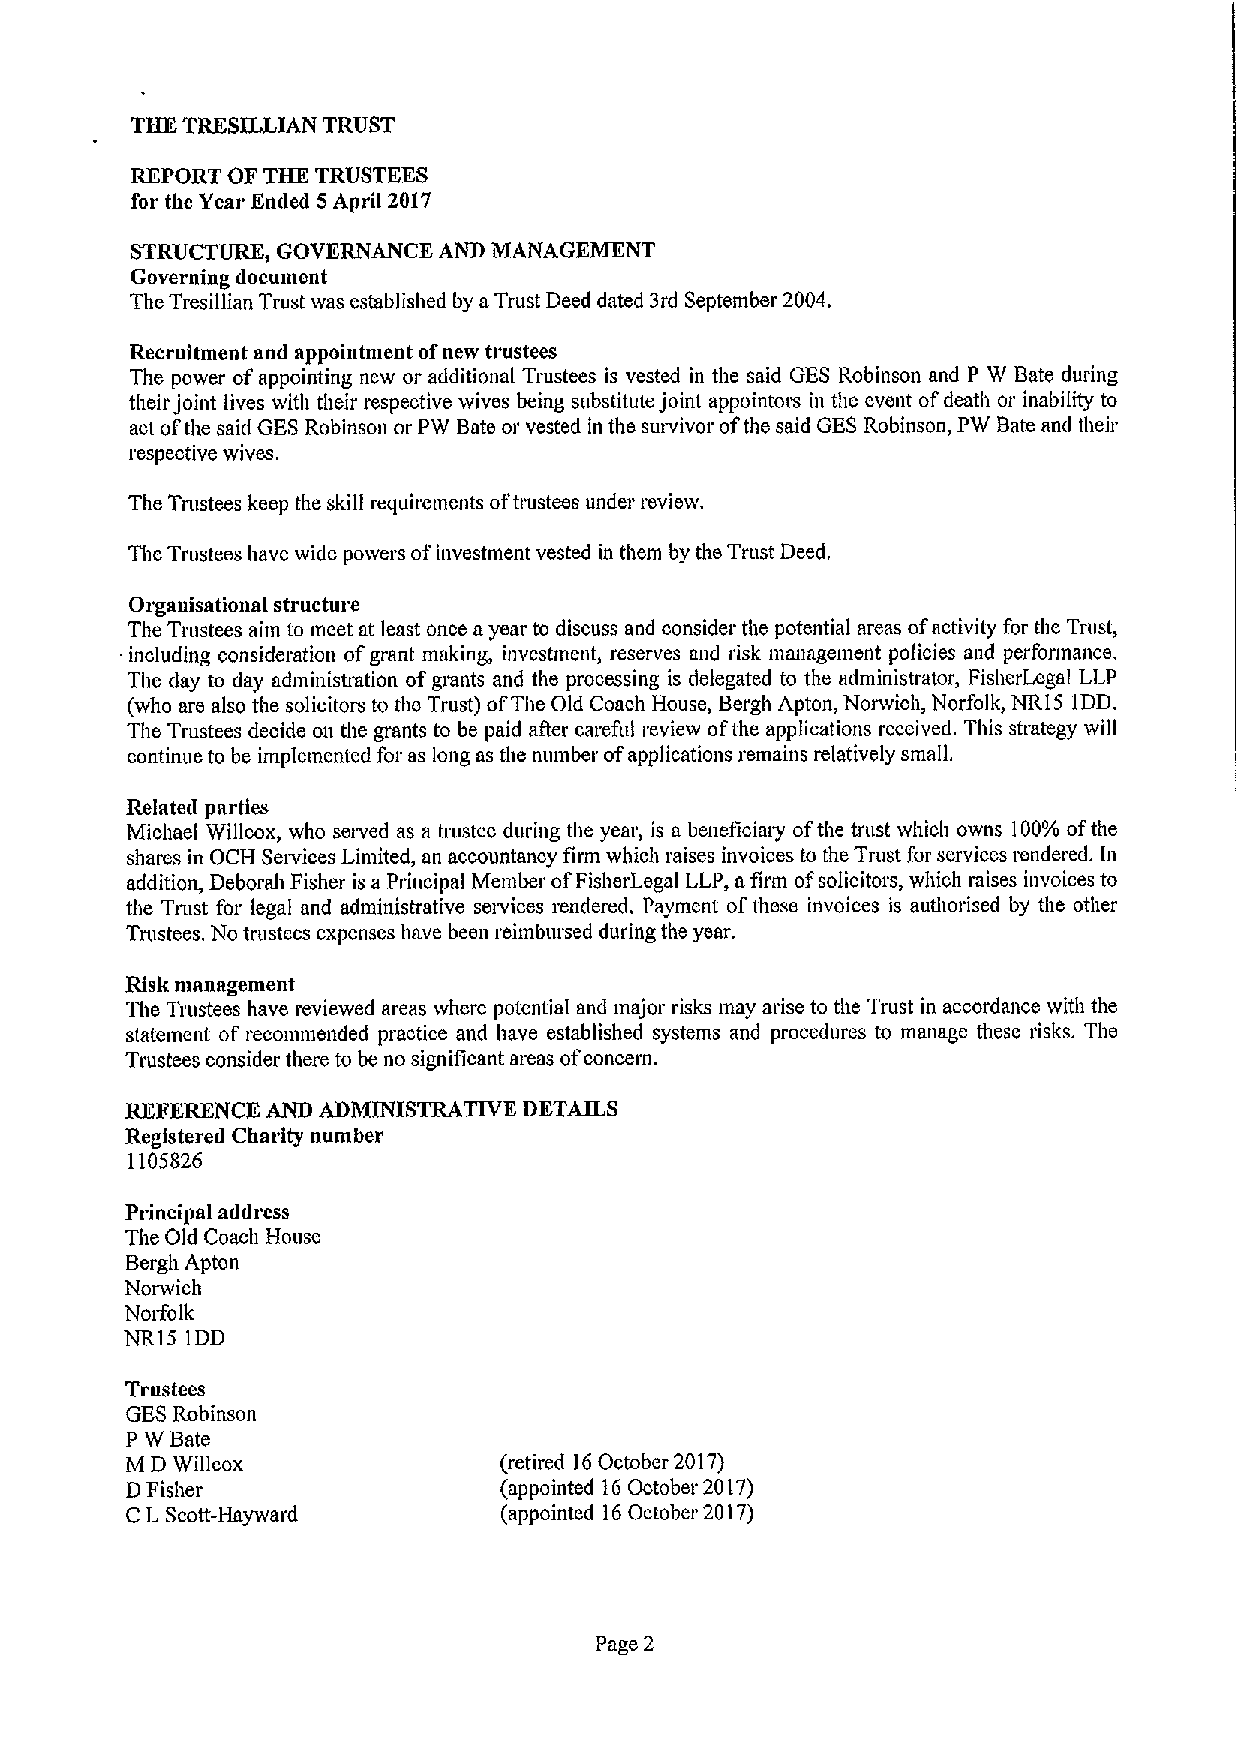
THK TRESILLIAN TRUST
 REPORT OF THE TRUSTEES
 for the Year En&led 5April 2017
 STRUCTURE, GOVERNANCE AND MANAGEMENT
 Governing document
 The Tresillian Trust was established by aTrust Deed dated 3rd September 2004.
 Recruitment and appointment ofnew trustees
 The power ofappointing new or additional Trustees is vested in the said GES Robinson and P W Bate during
 their joint lives with their respective wives being substitute joint appointors in the event ofdeath or inability to
 act ofthe said GES Robinson or PW Bate or vested in the suivivor ofthe said GES Robinson, PW Bate and their
 respective wives.
 The Tnistees keep the skill requirements oftrustees under review.
 The Trustees have wide powers ofinvestment vested in them by the Trust Deed,
 Orgauisational structure
 The Trustees aim to meet at least once ayear to discuss and consider the potential areas ofactivity for the Trust,
 including consideration ofgrant making, investment, reserves and risk management policies and perfonnance.
 The day to day administiation ofgmnts and the processing is delegated to the administrator, FisherLegal LLP
 (who are also the solicitors to the Trust) ofThe Old Coach House, Bergh Apton, Norwich, Norfolk, NRI5 1DD.
 The Trustees decide on the grants to be paid after careful review ofthe applications received. This stmtegy will
 continue to be implemented for as long as the number ofapplications remains relatively small.
 Related parties
 Michael Willcox, who served as a trustee during the year, is a beneficiary ofthe trust which owns 100%ofthe
 shares in OCH Services Limited, an accountancy firm which raises invoices to the Trust for services rendered. In
 addition, Deborah Fisher is a Principal Member ofFisherLegal LLP, afirm ofsolicitors, which raises invoices to
 the Trust for legal and administrative setvices rendered. Payment ofthese invoices is authorised by the other
 Trustees. No trustees expenses have been reimbursed during the year.
 Risk management
 The Trustees have reviewed areas where potential and major risks may arise to the Trust in accordance with the
 statement of recommended practice and have established systems and procedures to manage these risks. The
 Trustees consider there to be no significant areas ofconcern.
 REFERENCE AND ADMINISTRATIVE DETAILS
 Registered Charity number
 1105826
 Principal address
 The Old Coaoh House
 Bergh Apton
 Norwich
 Noifolk
 NR15 IDD
 Trustees
 GESRobinson
 P W Bate
 M D Willcox              (retired 16October 2017)
 DFisher                  (appointed 16October 2017)
 CL Scott-Hayward         (appointed 16October 2017)
 Page 2